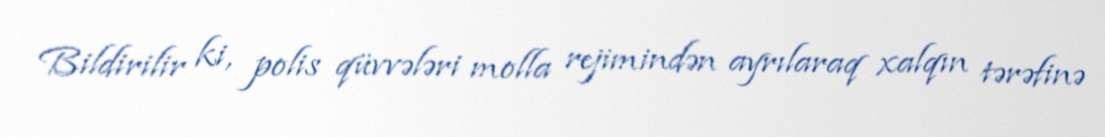
Bildirilir ki, polis qüvvələri molla rejimindən ayrılaraq xalqın tərəfinə